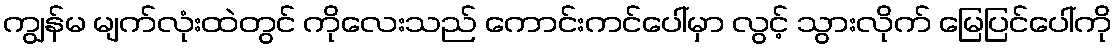
ကျွန်မ မျက်လုံးထဲတွင် ကိုလေးသည် ကောင်းကင်ပေါ်မှာ လွင့် သွားလိုက် မြေပြင်ပေါ်ကို